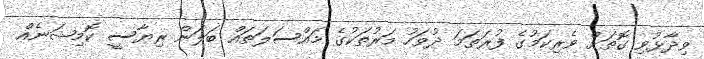
ވިދާޅުވި ގޮތަށް ވެރިކަމުގެ ފުރަތަމަ ދުވަހު މަރުތަކުގެ މައްސަލަތައް ބަލަން ރިޔާސީ ކޮމިޝަނެއް